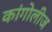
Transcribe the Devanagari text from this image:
कांगोलीज